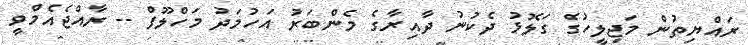
ރައްޔިތުން މަޖިލީހުގެ ގަލޮޅު ދެކުނު ދާއިރާގެ މެންބަރު އަހުމަދު މަހްލޫފް -- ރާއްޖެއެމްވީ